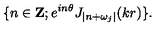
\{ n \in { \bf Z } ; e ^ { i n \theta } J _ { | n + \omega _ { j } | } ( k r ) \} .